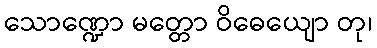
သောဏ္ဍော မတ္တော ဝိဓေယျော တု၊